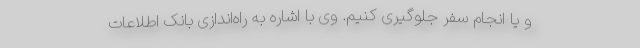
و یا انجام سفر جلوگیری کنیم. وی با اشاره به راه‌اندازی بانک اطلاعات